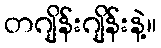
တဂျိန်းဂျိန်းနဲ့။